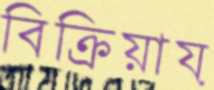
বিক্রিয়ায়